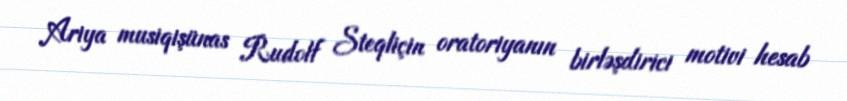
Ariya musiqişünas Rudolf Steqliçin oratoriyanın birləşdirici motivi hesab